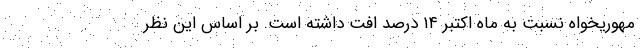
مهوریخواه نسبت به ماه اکتبر ۱۴ درصد افت داشته است. بر اساس این نظر